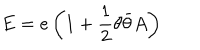
E = e \left( 1 + \frac 1 2 \theta \bar { \theta } A \right)